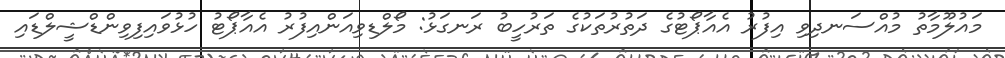
މައުލޫމާތު މުއްސަނދިވި އިފުރު އެއާޕޯޓުގެ ދަތުރުތަކުގެ ތަރުހީބު ރަނގަޅު: މޯލްޑިވިއަންއިފުރު އެއާޕޯޓު ހުޅުވައިފިވިންޑްޝީލްޑައި